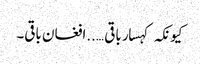
کیونکہ کہسار باقی …..افغان باقی۔